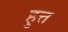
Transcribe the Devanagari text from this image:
हुत्त